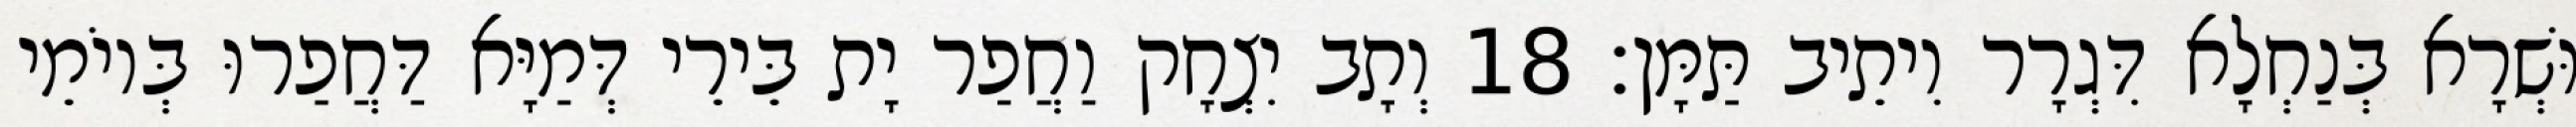
וּשְׁרָא בְּנַחְלָא דִּגְרָר וִיתֵיב תַּמָּן׃ 18 וְתָב יִצְחָק וַחֲפַר יָת בֵּירֵי דְּמַיָּא דַּחֲפַרוּ בְּיוֹמֵי